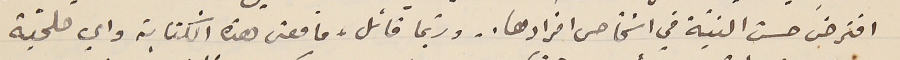
افترضى حسن النيّة في اشخاص افرادها.. وربّما قائل، ما معنى هذه الكتابة واي ملحيّة